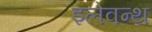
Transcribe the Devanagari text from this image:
इलेवन्थ